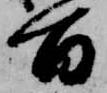
百